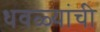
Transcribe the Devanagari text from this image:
धवळ्यांची